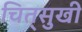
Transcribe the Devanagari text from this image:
चित्‌सुखी